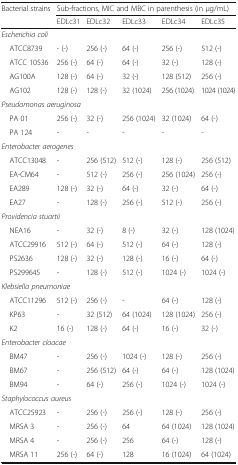
<table><thead><tr><td rowspan="2"><b>Bacterial strains</b></td><td colspan="5"><b>Sub-fractions, MIC and MBC in parenthesis (in μg/mL)</b></td></tr><tr><td><b>EDLc31</b></td><td><b>EDLc32</b></td><td><b>EDLc33</b></td><td><b>EDLc34</b></td><td><b>EDLc35</b></td></tr></thead><tbody><tr><td colspan="6"><i>Escherichia coli</i></td></tr><tr><td> ATCC8739</td><td>- (-)</td><td>256 (-)</td><td>64 (-)</td><td>256 (-)</td><td>512 (-)</td></tr><tr><td> ATCC 10536</td><td>256 (-)</td><td>64 (-)</td><td>64 (-)</td><td>32 (-)</td><td>128 (-)</td></tr><tr><td> AG100A</td><td>128 (-)</td><td>64 (-)</td><td>32 (-)</td><td>128 (512)</td><td>256 (-)</td></tr><tr><td> AG102</td><td>128 (-)</td><td>128 (-)</td><td>32 (1024)</td><td>256 (1024)</td><td>1024 (1024)</td></tr><tr><td colspan="6"><i>Pseudomonas aeruginosa</i></td></tr><tr><td> PA 01</td><td>256 (-)</td><td>32 (-)</td><td>256 (1024)</td><td>32 (1024)</td><td>64 (-)</td></tr><tr><td> PA 124</td><td>-</td><td>-</td><td>-</td><td>-</td><td>-</td></tr><tr><td colspan="6"><i>Enterobacter aerogenes</i></td></tr><tr><td> ATCC13048</td><td>-</td><td>256 (512)</td><td>512 (-)</td><td>128 (-)</td><td>256 (512)</td></tr><tr><td> EA-CM64</td><td>-</td><td>512 (-)</td><td>256 (-)</td><td>256 (1024)</td><td>256 (-)</td></tr><tr><td> EA289</td><td>128 (-)</td><td>32 (-)</td><td>64 (-)</td><td>32 (-)</td><td>64 (-)</td></tr><tr><td> EA27</td><td>-</td><td>128 (-)</td><td>256 (-)</td><td>512 (-)</td><td>256 (-)</td></tr><tr><td colspan="6"><i>Providencia stuartii</i></td></tr><tr><td> NEA16</td><td>-</td><td>32 (-)</td><td>8 (-)</td><td>32 (-)</td><td>128 (1024)</td></tr><tr><td> ATCC29916</td><td>512 (-)</td><td>64 (-)</td><td>512 (-)</td><td>64 (-)</td><td>128 (-)</td></tr><tr><td> PS2636</td><td>128 (-)</td><td>32 (-)</td><td>128 (-)</td><td>16 (-)</td><td>64 (-)</td></tr><tr><td> PS299645</td><td>-</td><td>128 (-)</td><td>512 (-)</td><td>1024 (-)</td><td>1024 (-)</td></tr><tr><td colspan="6"><i>Klebsiella pneumoniae</i></td></tr><tr><td> ATCC11296</td><td>512 (-)</td><td>256 (-)</td><td>-</td><td>64 (-)</td><td>128 (-)</td></tr><tr><td> KP63</td><td>-</td><td>32 (512)</td><td>64 (1024)</td><td>128 (1024)</td><td>256 (-)</td></tr><tr><td> K2</td><td>16 (-)</td><td>128 (-)</td><td>64 (-)</td><td>16 (-)</td><td>32 (-)</td></tr><tr><td colspan="6"><i>Enterobacter cloacae</i></td></tr><tr><td> BM47</td><td>-</td><td>256 (-)</td><td>1024 (-)</td><td>128 (-)</td><td>256 (-)</td></tr><tr><td> BM67</td><td>-</td><td>256 (512)</td><td>64 (-)</td><td>64 (-)</td><td>128 (1024)</td></tr><tr><td> BM94</td><td>-</td><td>64 (-)</td><td>256 (-)</td><td>1024 (-)</td><td>1024 (-)</td></tr><tr><td colspan="6"><i>Staphylococcus aureus</i></td></tr><tr><td> ATCC25923</td><td>-</td><td>256 (-)</td><td>256 (-)</td><td>128 (-)</td><td>256 (-)</td></tr><tr><td> MRSA 3</td><td>-</td><td>256 (-)</td><td>64</td><td>64 (1024)</td><td>128 (1024)</td></tr><tr><td> MRSA 4</td><td>-</td><td>256 (-)</td><td>256</td><td>64 (-)</td><td>128 (-)</td></tr><tr><td> MRSA 11</td><td>256 (-)</td><td>64 (-)</td><td>128</td><td>16 (1024)</td><td>64 (1024)</td></tr></tbody></table>